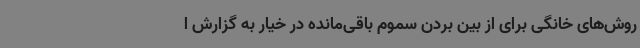
روش‌های خانگی برای از بین بردن سموم باقی‌مانده در خیار به گزارش ا